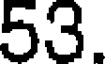
53.